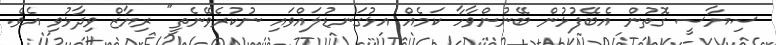
ސިޔާސީ ގޮތުން އެބޭފުޅުން ބޭނުންވާހާ ކަމެއް އޅުގަނޑުލައްވައި ނުކުރެވޭނެތީ" ރިޔާޒް ވިދާޅުވި އެވެ.